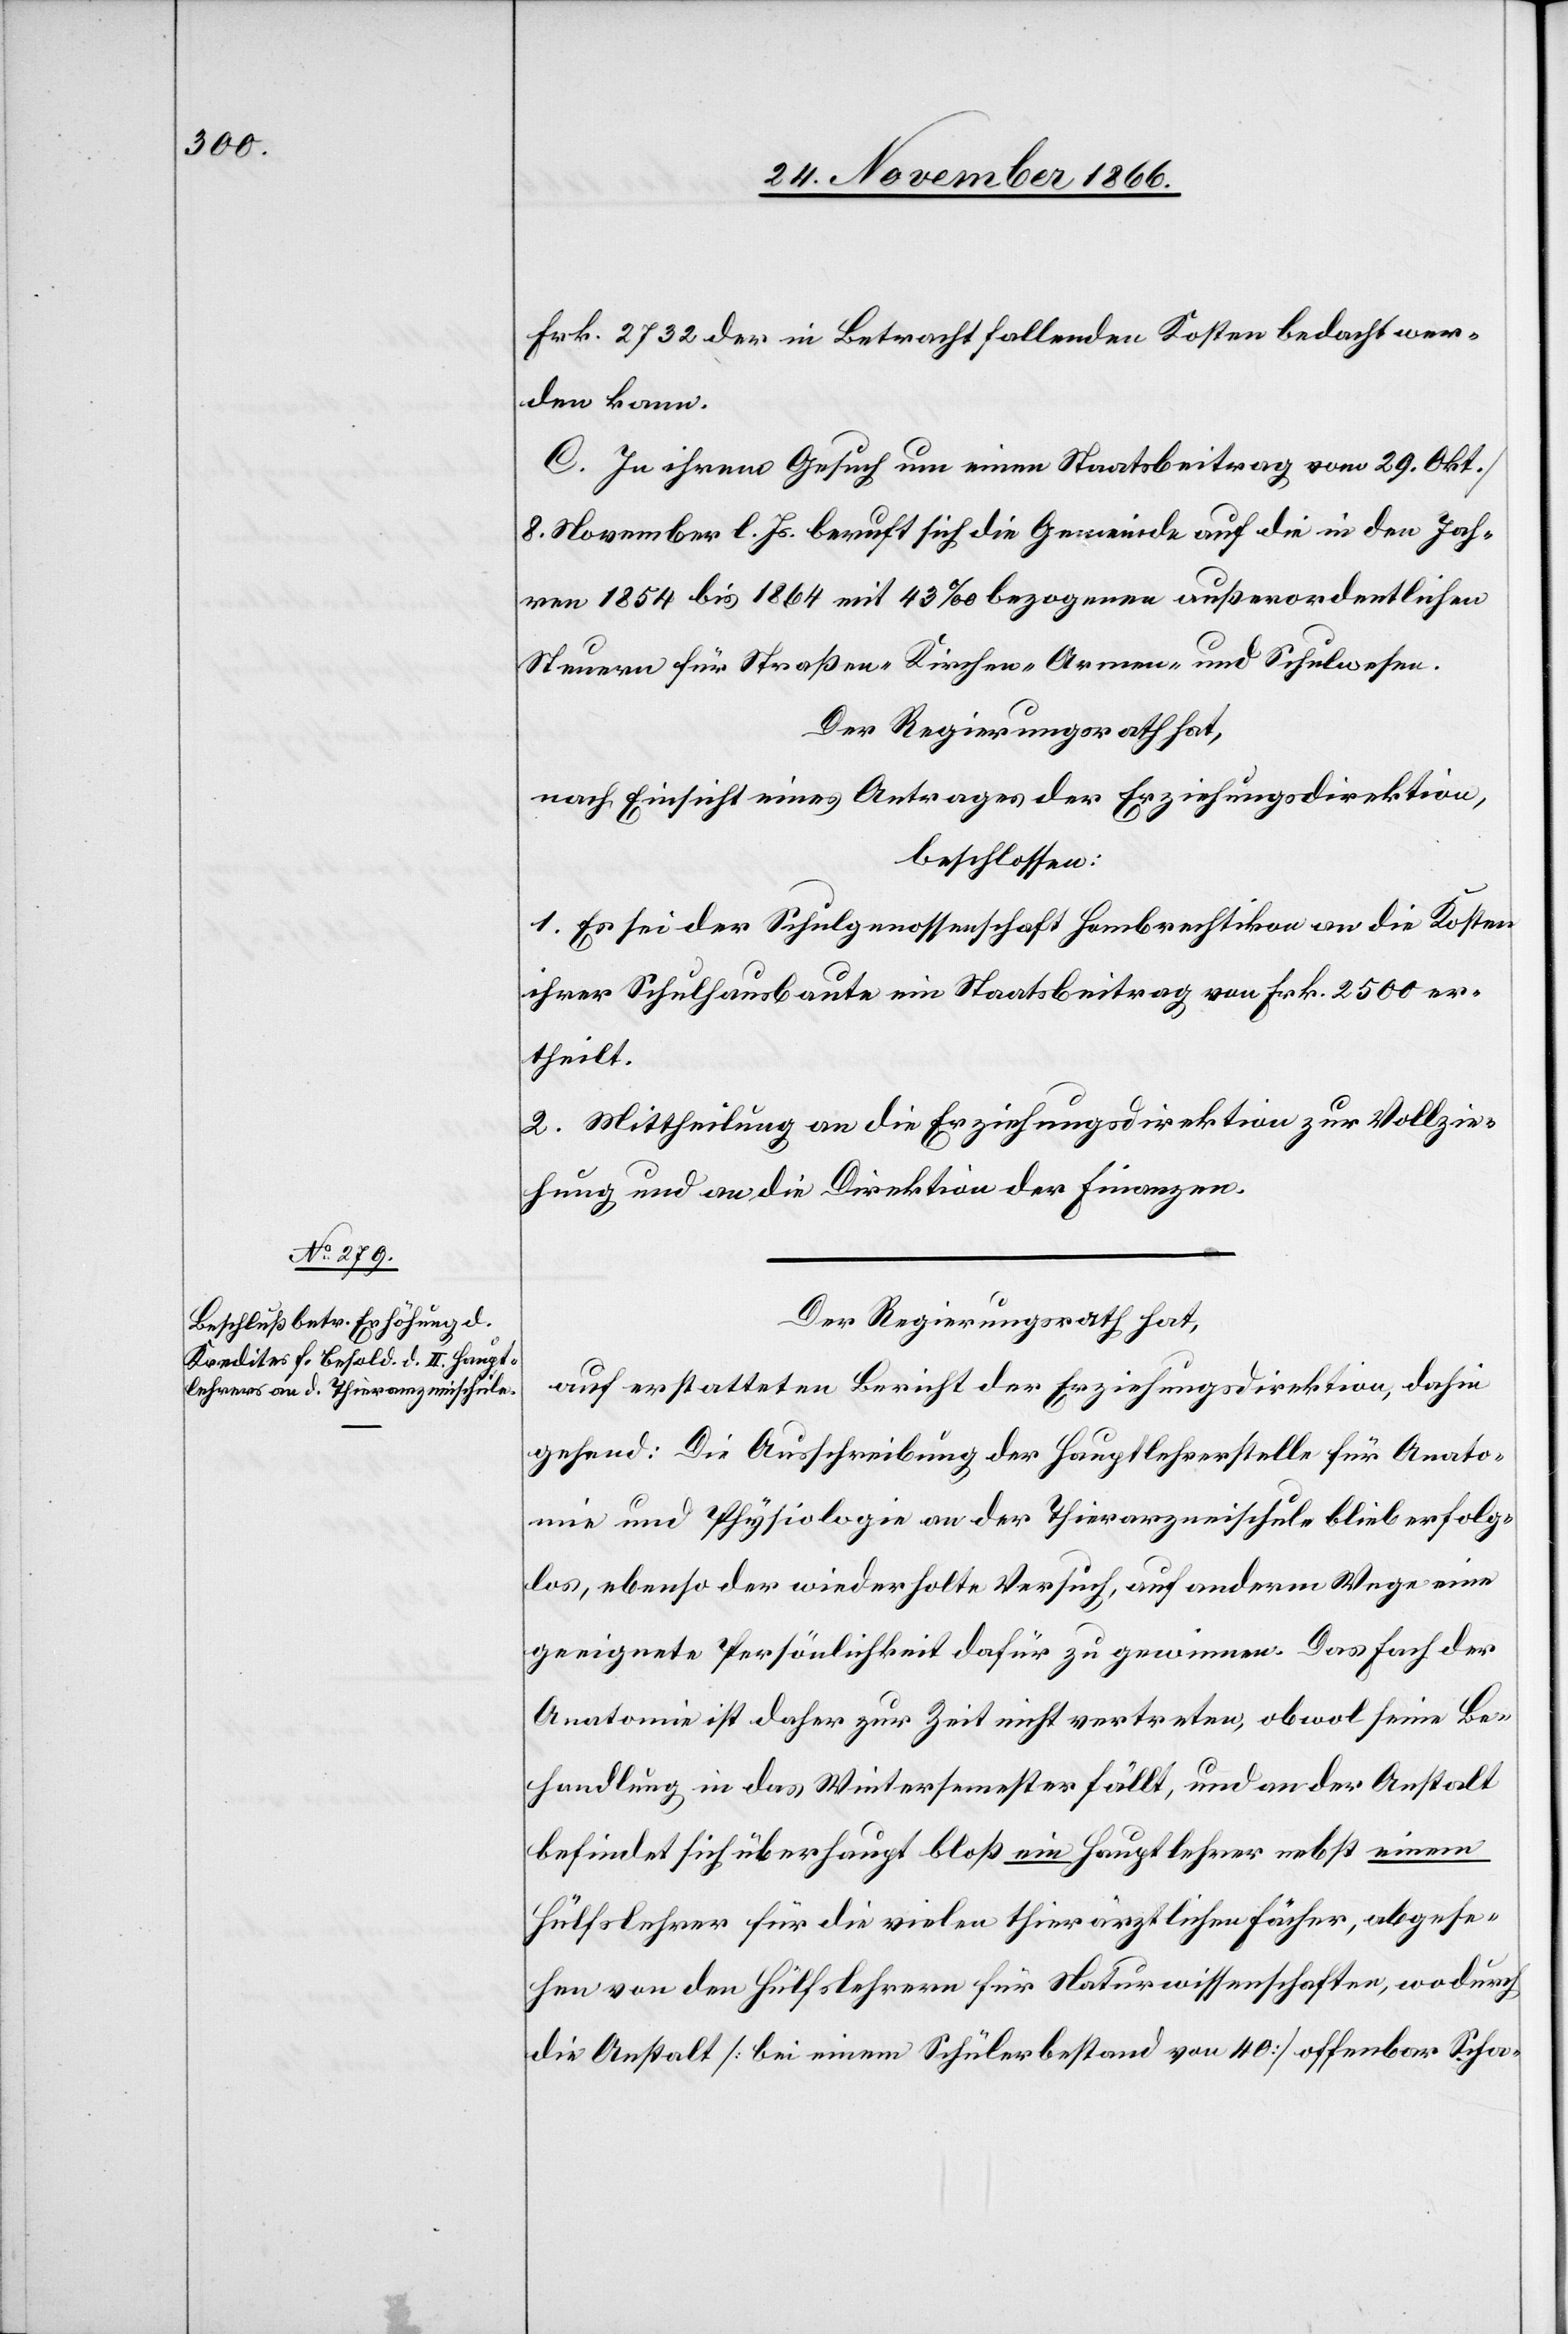
Frk. 2732 der in Betracht fallenden Kosten bedacht wer¬
den kann.
C. In ihrem Gesuch um einen Staatsbeitrag vom 29. Okt./8.
November l. Js. beruft sich die Gemeinde auf die in den Jah¬
ren 1854 bis 1864 mit 43‰ bezogenen außerordentlichen
Steuern für Straßen-[,] Kirchen-[,] Armen- und Schulwesen.
Der Regierungsrath hat,
nach Einsicht eines Antrages der Erziehungsdirektion,
beschlossen:
1. Es sei der Schulgenossenschaft Hombrechtikon an die Kosten
ihrer Schulhausbaute ein Staatsbeitrag von Frk. 2500 er¬
theilt.
2. Mittheilung an die Erziehungsdirektion zur Vollzie¬
hung und an die Direktion der Finanzen.